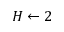
H \gets 2